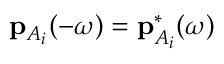
\mathbf { p } _ { A _ { i } } ( - \omega ) = \mathbf { p } _ { A _ { i } } ^ { * } ( \omega )